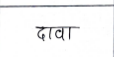
मजकूर: दावा